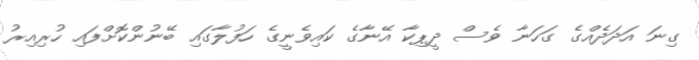
ގިނަ އަދަދެއްގެ ގަހަނާ ވެސް ދީޕިކާ އޭނާގެ ކައިވެނީގެ ހަފުލާގައި ބޭނުންކޮށްފައި ހުރިއިރު